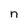
Character: n